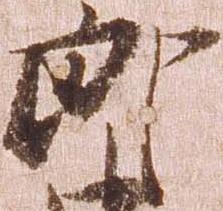
郎